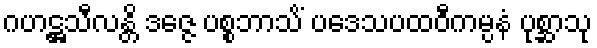
ဂဟဋ္ဌသီလန္တိ ဒဇ္ဇေ ပစ္စဘာသိံ ပဒေသပထဝီကမ္ပနံ ပုစ္ဆာသု